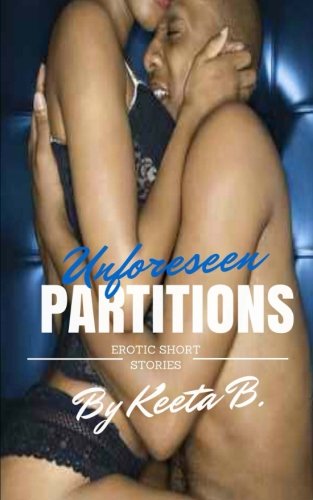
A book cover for Unforeseen Partitions; Keeta B.; Romance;